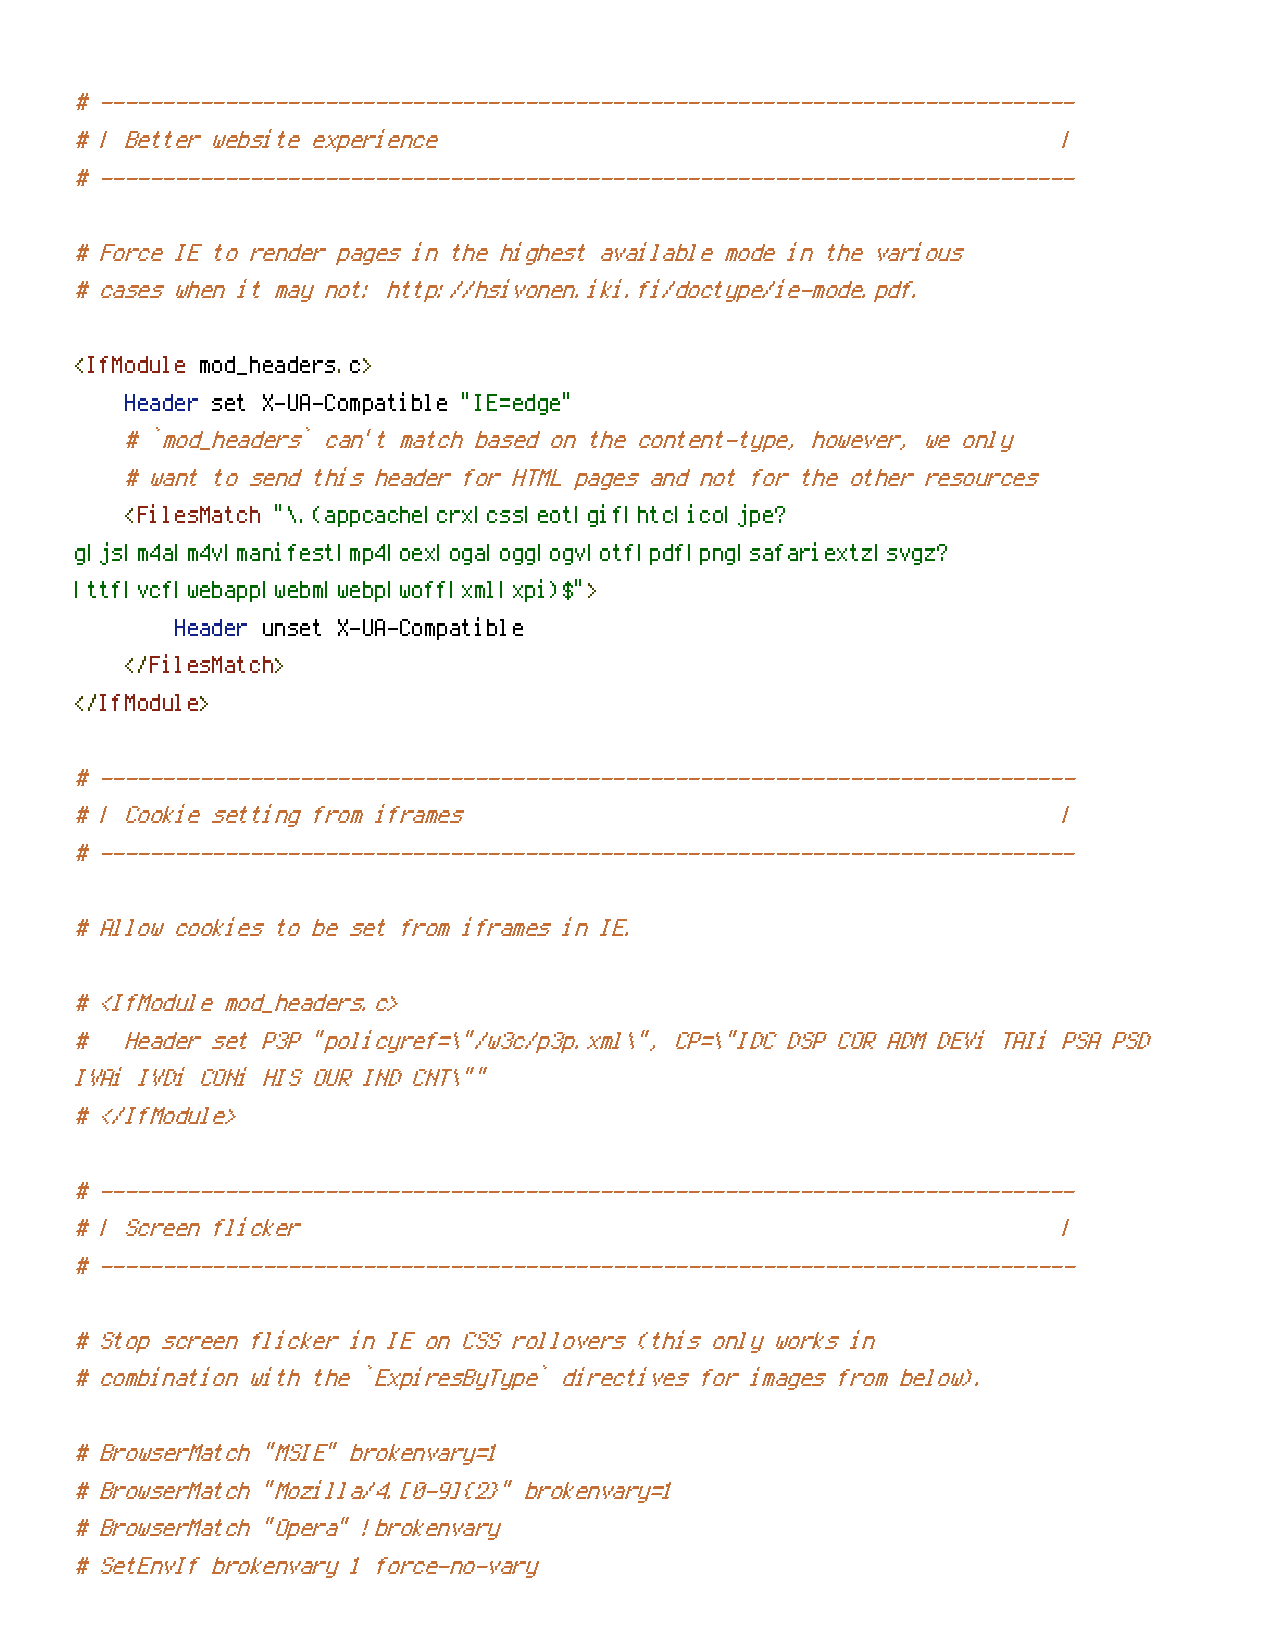
# ------------------------------------------------------------------------------
 # | Better website experience                                    |
 # ------------------------------------------------------------------------------
 # Force IE to render pages in the highest available mode in the various
 # cases when it may not: http://hsivonen.iki.fi/doctype/ie-mode.pdf.
 <IfModule mod_headers.c>
 Header set X-UA-Compatible "IE=edge"
 # `mod_headers` can't match based on the content-type, however, we only
 # want to send this header for HTML pages and not for the other resources
 <FilesMatch "\.(appcache|crx|css|eot|gif|htc|ico|jpe?
 g|js|m4a|m4v|manifest|mp4|oex|oga|ogg|ogv|otf|pdf|png|safariextz|svgz?
 |ttf|vcf|webapp|webm|webp|woff|xml|xpi)$">
 Header unset X-UA-Compatible
 </FilesMatch>
 </IfModule>
 # ------------------------------------------------------------------------------
 # | Cookie setting from iframes                                  |
 # ------------------------------------------------------------------------------
 # Allow cookies to be set from iframes in IE.
 # <IfModule mod_headers.c>
 #  Header set P3P "policyref=\"/w3c/p3p.xml\", CP=\"IDC DSP COR ADM DEVi TAIi PSA PSD
 IVAi IVDi CONi HIS OUR IND CNT\""
 # </IfModule>
 # ------------------------------------------------------------------------------
 # | Screen flicker                                               |
 # ------------------------------------------------------------------------------
 # Stop screen flicker in IE on CSS rollovers (this only works in
 # combination with the `ExpiresByType` directives for images from below).
 # BrowserMatch "MSIE" brokenvary=1
 # BrowserMatch "Mozilla/4.[0-9]{2}" brokenvary=1
 # BrowserMatch "Opera" !brokenvary
 # SetEnvIf brokenvary 1 force-no-vary